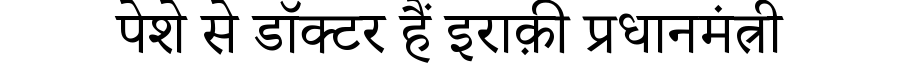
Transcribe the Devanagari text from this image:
पेशे से डॉक्टर हैं इराक़ी प्रधानमंत्री